Document type: Sale
Year: 1423
Scribe: Joan Franc
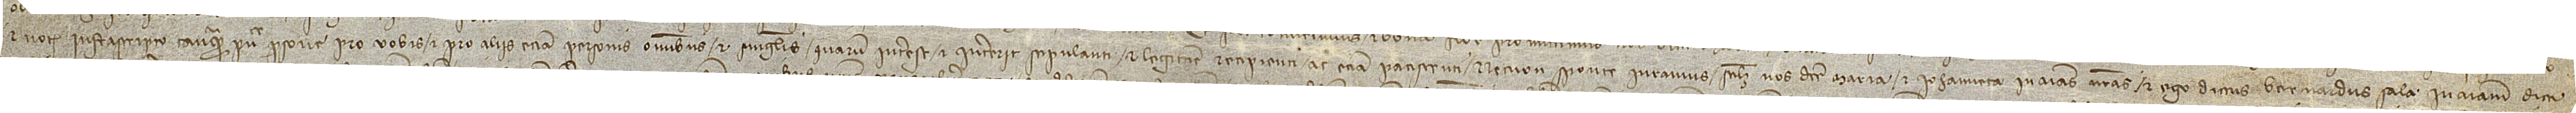
et notario infrascripto tanquam publice persone pro vobis et pro aliis etiam personis omnibus et singulis quarum interest et intererit stipulanti et legittime recipienti ac etiam paciscenti; necnon sponte iuramus, scilicet, nos dicte Maria et Iohanneta in animas nostras et ego dictus Bernardus Sala in animam dicti